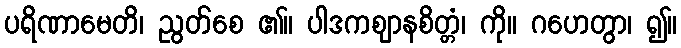
ပရိဏာမေတိ၊ ညွတ်စေ ၏။ ပါဒကဈာနစိတ္တံ၊ ကို။ ဂဟေတွာ၊ ၍။